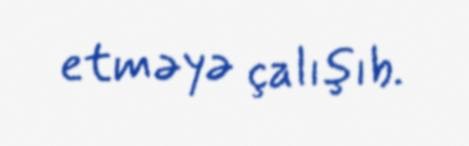
etməyə çalışıb.